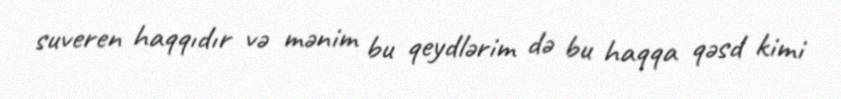
suveren haqqıdır və mənim bu qeydlərim də bu haqqa qəsd kimi